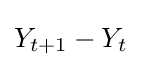
Y_{t+1}-Y_{t}